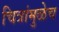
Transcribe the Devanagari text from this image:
चित्रांमुळेच